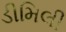
ડીમિલી